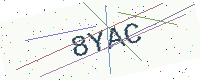
Text: 8YAC